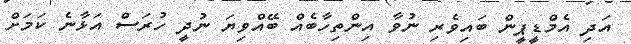
އަދި އެމްޑީޕީން ބައިވެރި ނުވާ އިންތިހާބެއް ބޭއްވިޔަ ނުދީ ހުރަސް އަޅާނެ ކަމަށް